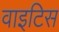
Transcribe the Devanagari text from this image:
वाइटिस